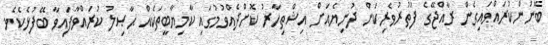
ބޭނުންކުރައްވައިގެން ރާއްޖޭގެ ފަތުރުވެރިކަން ދުނިޔެއަށް އިޝްތިހާރު ކޮށްދެއްވުމުގައި ކާމިޔާބީތަކެއް ޙާޞިލު ކުރައްވާފަައިވާ ބޭފުޅެކެވެ.